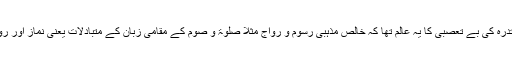
اس بارے میں مسلم ہیئت مقتدرہ کی بے تعصبی کا یہ عالم تھا کہ خالص مذہبی رسوم و رواج مثلاً صلوٰۃ و صوم کے مقامی زبان کے متبادلات یعنی نماز اور روزہ کو اختیار کرنے دیا گیا۔